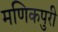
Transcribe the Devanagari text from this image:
मणिकपुरी